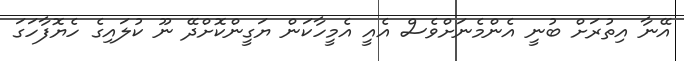
އޭނާ އިތުރަށް ބުނީ އެންމެނަށްވެސް އެއީ އެމީހާކަން ޔަގީންކޮށްދޭ ނޫ ކުލައިގެ ހެޔޮފާހަގަ